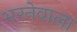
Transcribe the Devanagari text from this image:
भरनेवाला